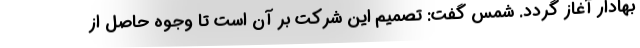
بهادار آغاز گردد. شمس گفت: تصميم اين شركت بر آن است تا وجوه حاصل از